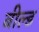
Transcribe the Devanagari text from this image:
बील्ड